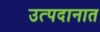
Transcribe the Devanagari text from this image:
उत्पदानात